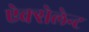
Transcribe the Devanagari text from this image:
ऐक्सेलेन्ट